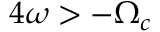
4 \omega > - \Omega _ { c }